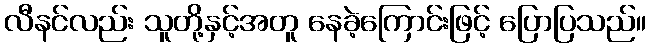
လီနင်လည်း သူတို့နှင့်အတူ နေခဲ့ကြောင်းဖြင့် ပြောပြသည်။